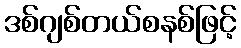
ဒစ်ဂျစ်တယ်စနစ်ဖြင့်